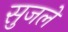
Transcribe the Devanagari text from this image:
सुजले